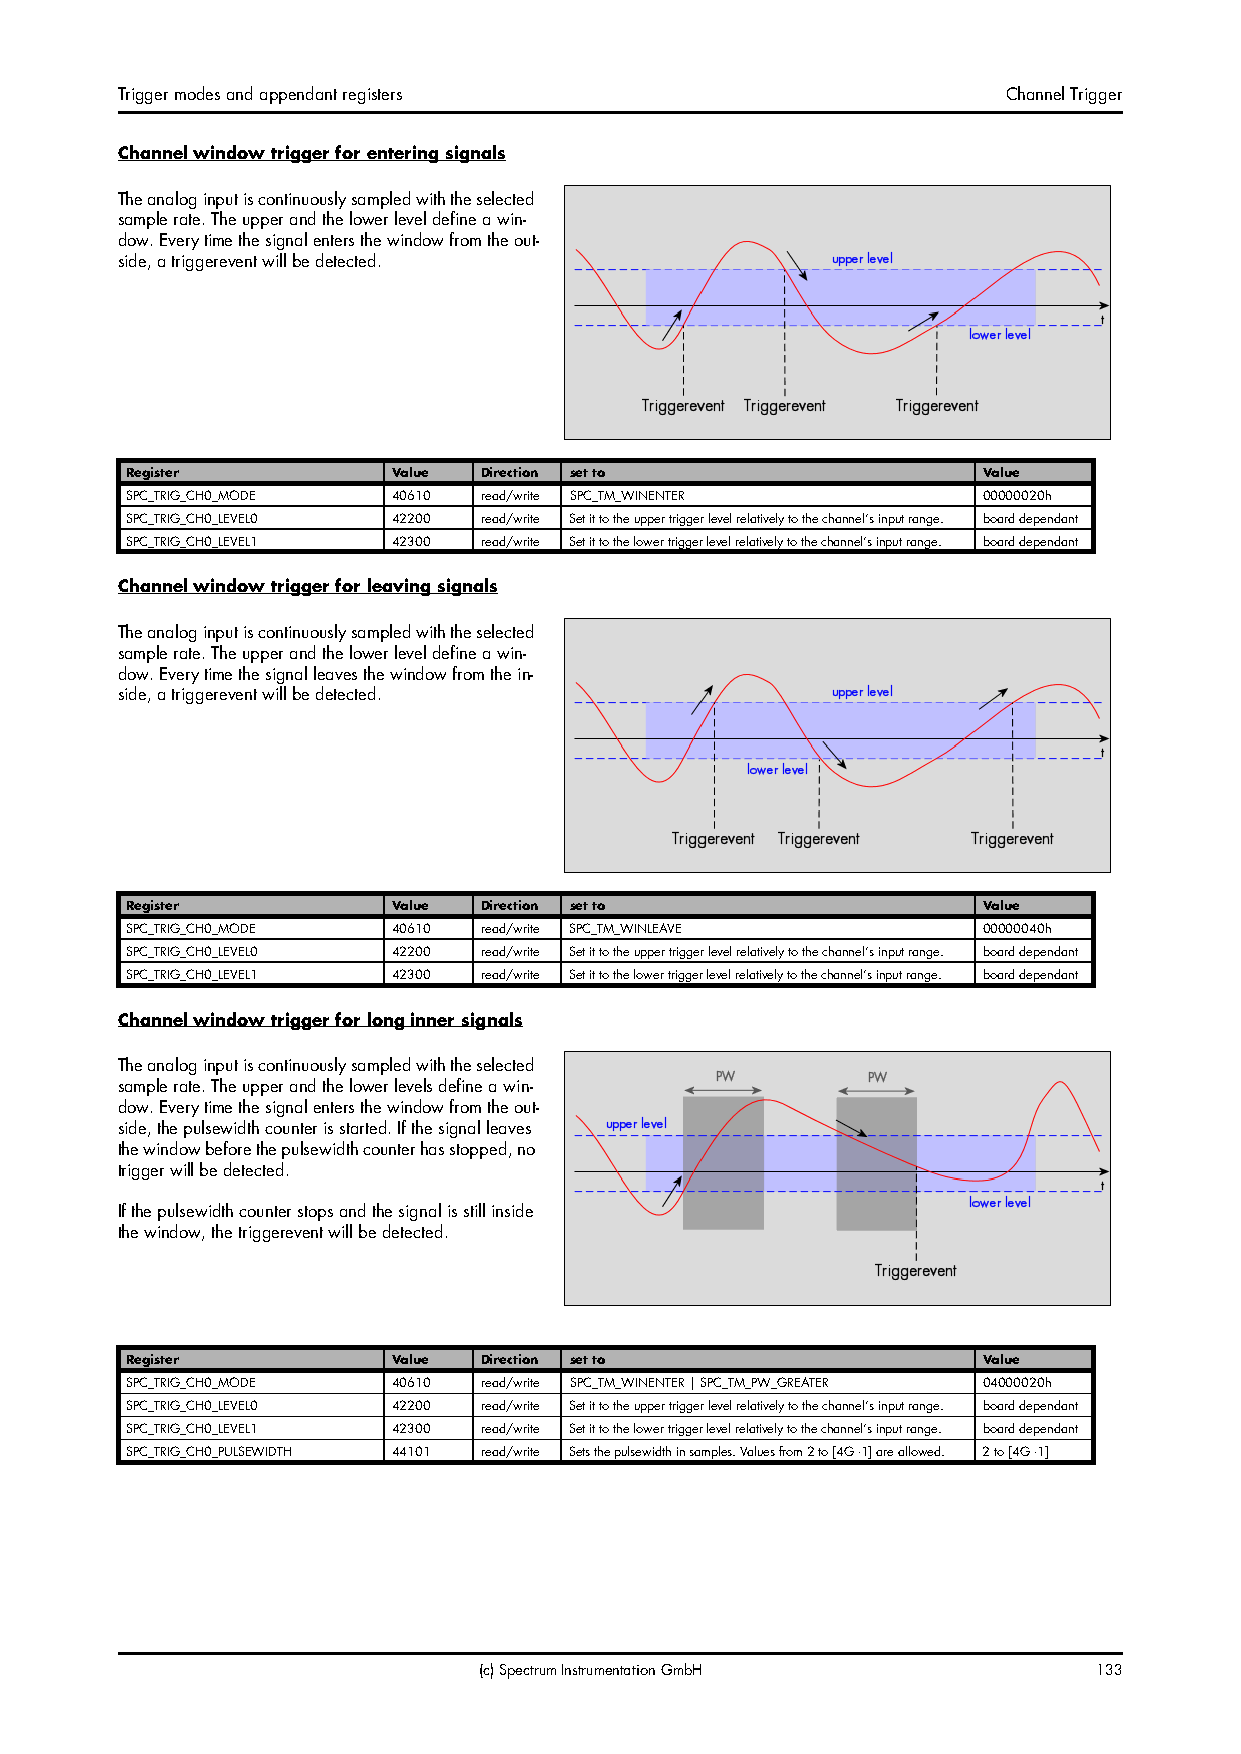
Trigger modes and appendant registers                      Channel Trigger
 Channel window trigger for entering signals
 The analog input is continuously sampled with the selected
 sample rate. The upper and the lower level define a win-
 dow. Every time the signal enters the window from the out-
 side, a triggerevent will be detected.
 Register          Value Direction set to                 Value
 SPC_TRIG_CH0_MODE 40610 read/write SPC_TM_WINENTER       00000020h
 SPC_TRIG_CH0_LEVEL0 42200 read/write Set it to the upper trigger level relatively to the channel’s input range. board dependant
 SPC_TRIG_CH0_LEVEL1 42300 read/write Set it to the lower trigger level relatively to the channel’s input range. board dependant
 Channel window trigger for leaving signals
 The analog input is continuously sampled with the selected
 sample rate. The upper and the lower level define a win-
 dow. Every time the signal leaves the window from the in-
 side, a triggerevent will be detected.
 Register          Value Direction set to                 Value
 SPC_TRIG_CH0_MODE 40610 read/write SPC_TM_WINLEAVE       00000040h
 SPC_TRIG_CH0_LEVEL0 42200 read/write Set it to the upper trigger level relatively to the channel’s input range. board dependant
 SPC_TRIG_CH0_LEVEL1 42300 read/write Set it to the lower trigger level relatively to the channel’s input range. board dependant
 Channel window trigger for long inner signals
 The analog input is continuously sampled with the selected
 sample rate. The upper and the lower levels define a win-
 dow. Every time the signal enters the window from the out-
 side, the pulsewidth counter is started. If the signal leaves
 the window before the pulsewidth counter has stopped, no
 trigger will be detected.
 If the pulsewidth counter stops and the signal is still inside
 the window, the triggerevent will be detected.
 Register          Value Direction set to                 Value
 SPC_TRIG_CH0_MODE 40610 read/write SPC_TM_WINENTER | SPC_TM_PW_GREATER 04000020h
 SPC_TRIG_CH0_LEVEL0 42200 read/write Set it to the upper trigger level relatively to the channel’s input range. board dependant
 SPC_TRIG_CH0_LEVEL1 42300 read/write Set it to the lower trigger level relatively to the channel’s input range. board dependant
 SPC_TRIG_CH0_PULSEWIDTH 44101 read/write Sets the pulsewidth in samples. Values from 2 to [4G -1] are allowed. 2 to [4G -1]
 (c) Spectrum Instrumentation GmbH       133